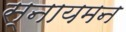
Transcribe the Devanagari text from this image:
स्नायमन